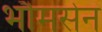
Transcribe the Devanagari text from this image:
भौमसेन